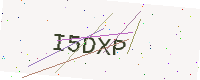
Text: I5DXP